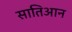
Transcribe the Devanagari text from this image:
सातिआन